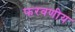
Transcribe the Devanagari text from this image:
फरवणीय